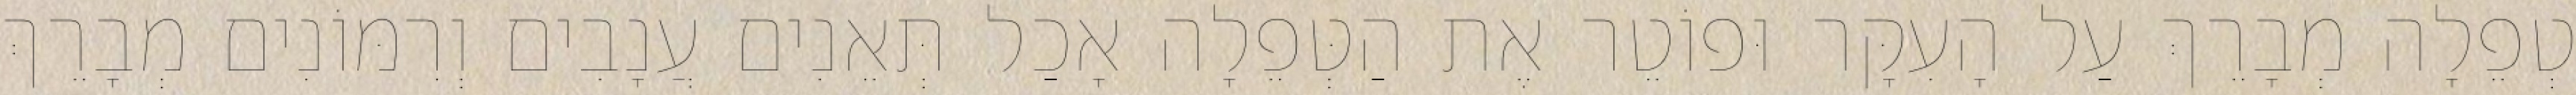
טְפֵלָה מְבָרֵךְ עַל הָעִקָּר וּפוֹטֵר אֶת הַטְּפֵלָה אָכַל תְּאֵנִים עֲנָבִים וְרִמּוֹנִים מְבָרֵךְ